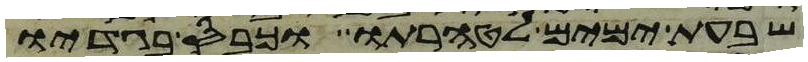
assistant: שבעת ימים לטהרתו וכבס בגדיו